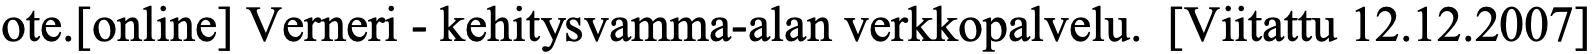
ote.[online] Verneri - kehitysvamma-alan verkkopalvelu. [Viitattu 12.12.2007]